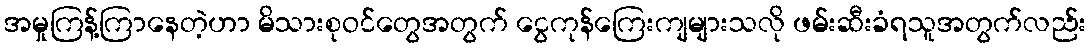
အမှုကြန့်ကြာနေတဲ့ဟာ မိသားစုဝင်တွေအတွက် ငွေကုန်ကြေးကျများသလို ဖမ်းဆီးခံရသူအတွက်လည်း